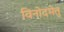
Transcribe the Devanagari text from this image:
विनोदमेतु